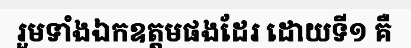
រួមទាំងឯកឧត្តមផងដែរ ដោយទី១ គឺ